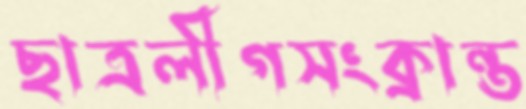
ছাত্রলীগসংক্রান্ত